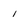
Character: 1